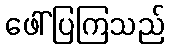
ဖေါ်ပြကြသည်